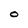
Character: o